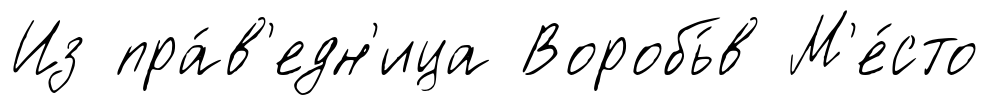
Из пра́в'едн'ица Воробь́в М'е́сто